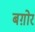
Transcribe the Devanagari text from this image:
बग़ोर